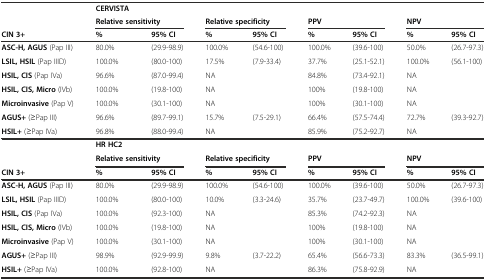
<table><thead><tr><td></td><td><b>CERVISTA</b></td><td></td><td></td><td></td><td></td><td></td><td></td><td></td></tr><tr><td></td><td colspan="2"><b>Relative sensitivity</b></td><td colspan="2"><b>Relative specificity</b></td><td colspan="2"><b>PPV</b></td><td colspan="2"><b>NPV</b></td></tr><tr><td><b>CIN 3+</b></td><td><b>%</b></td><td><b>95% CI</b></td><td><b>%</b></td><td><b>95% CI</b></td><td><b>%</b></td><td><b>95% CI</b></td><td><b>%</b></td><td><b>95% CI</b></td></tr></thead><tbody><tr><td><b>ASC-H, AGUS</b> (Pap III)</td><td>80.0%</td><td>(29.9-98.9)</td><td>100.0%</td><td>(54.6-100)</td><td>100.0%</td><td>(39.6-100)</td><td>50.0%</td><td>(26.7-97.3)</td></tr><tr><td><b>LSIL, HSIL</b> (Pap IIID)</td><td>100.0%</td><td>(80.0-100)</td><td>17.5%</td><td>(7.9-33.4)</td><td>37.7%</td><td>(25.1-52.1)</td><td>100.0%</td><td>(56.1-100)</td></tr><tr><td><b>HSIL, CIS</b> (Pap IVa)</td><td>96.6%</td><td>(87.0-99.4)</td><td>NA</td><td></td><td>84.8%</td><td>(73.4-92.1)</td><td>NA</td><td></td></tr><tr><td><b>HSIL, CIS, Micro</b> (IVb)</td><td>100.0%</td><td>(19.8-100)</td><td>NA</td><td></td><td>100%</td><td>(19.8-100)</td><td>NA</td><td></td></tr><tr><td><b>Microinvasive</b> (Pap V)</td><td>100.0%</td><td>(30.1-100)</td><td>NA</td><td></td><td>100%</td><td>(30.1-100)</td><td>NA</td><td></td></tr><tr><td><b>AGUS+</b> (≥Pap III)</td><td>96.6%</td><td>(89.7-99.1)</td><td>15.7%</td><td>(7.5-29.1)</td><td>66.4%</td><td>(57.5-74.4)</td><td>72.7%</td><td>(39.3-92.7)</td></tr><tr><td><b>HSIL+</b> (≥Pap IVa)</td><td>96.8%</td><td>(88.0-99.4)</td><td>NA</td><td></td><td>85.9%</td><td>(75.2-92.7)</td><td>NA</td><td></td></tr><tr><td></td><td><b>HR HC2</b></td><td></td><td></td><td></td><td></td><td></td><td></td><td></td></tr><tr><td></td><td colspan="2"><b>Relative sensitivity</b></td><td colspan="2"><b>Relative specificity</b></td><td colspan="2"><b>PPV</b></td><td colspan="2"><b>NPV</b></td></tr><tr><td><b>CIN 3+</b></td><td><b>%</b></td><td><b>95% CI</b></td><td><b>%</b></td><td><b>95% CI</b></td><td><b>%</b></td><td><b>95% CI</b></td><td><b>%</b></td><td><b>95% CI</b></td></tr><tr><td><b>ASC-H, AGUS</b> (Pap III)</td><td>80.0%</td><td>(29.9-98.9)</td><td>100.0%</td><td>(54.6-100)</td><td>100.0%</td><td>(39.6-100)</td><td>50.0%</td><td>(26.7-97.3)</td></tr><tr><td><b>LSIL, HSIL</b> (Pap IIID)</td><td>100.0%</td><td>(80.0-100)</td><td>10.0%</td><td>(3.3-24.6)</td><td>35.7%</td><td>(23.7-49.7)</td><td>100.0%</td><td>(39.6-100)</td></tr><tr><td><b>HSIL, CIS</b> (Pap IVa)</td><td>100.0%</td><td>(92.3-100)</td><td>NA</td><td></td><td>85.3%</td><td>(74.2-92.3)</td><td>NA</td><td></td></tr><tr><td><b>HSIL, CIS, Micro</b> (IVb)</td><td>100.0%</td><td>(19.8-100)</td><td>NA</td><td></td><td>100%</td><td>(19.8-100)</td><td>NA</td><td></td></tr><tr><td><b>Microinvasive</b> (Pap V)</td><td>100.0%</td><td>(30.1-100)</td><td>NA</td><td></td><td>100%</td><td>(30.1-100)</td><td>NA</td><td></td></tr><tr><td><b>AGUS+</b> (≥Pap III)</td><td>98.9%</td><td>(92.9-99.9)</td><td>9.8%</td><td>(3.7-22.2)</td><td>65.4%</td><td>(56.6-73.3)</td><td>83.3%</td><td>(36.5-99.1)</td></tr><tr><td><b>HSIL+</b> (≥Pap IVa)</td><td>100.0%</td><td>(92.8-100)</td><td>NA</td><td></td><td>86.3%</td><td>(75.8-92.9)</td><td>NA</td><td></td></tr></tbody></table>